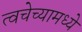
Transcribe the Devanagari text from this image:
त्वचेच्यामध्ये